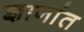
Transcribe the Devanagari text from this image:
ज्ञानांत